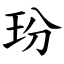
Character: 玢